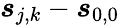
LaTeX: \boldsymbol{s}_{j,k}-\boldsymbol{s}_{0,0}